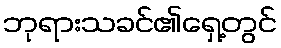
ဘုရားသခင်၏ရှေ့တွင်